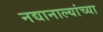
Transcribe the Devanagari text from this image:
नद्यानाल्यांच्या